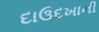
દાઉદખાની